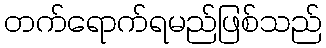
တက်ရောက်ရမည်ဖြစ်သည်